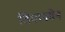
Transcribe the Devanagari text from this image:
तियानमेन